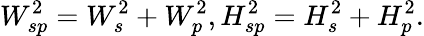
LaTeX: W_{sp}^{2}=W_{s}^{2}+W_{p}^{2},H_{sp}^{2}=H_{s}^{2}+H_{p}^{2}.